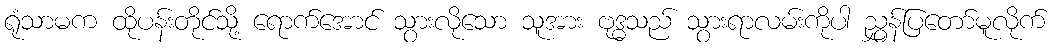
ရုံသာမက ထိုပန်းတိုင်သို့ ရောက်အောင် သွားလိုသော သူအား ဗုဒ္ဓသည် သွားရာလမ်းကိုပါ ညွှန်ပြတော်မူလိုက်